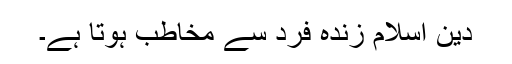
دین اسلام زندہ فرد سے مخاطب ہوتا ہے۔